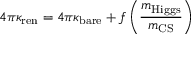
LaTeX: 4 \pi \kappa _ { \mathrm { r e n } } = 4 \pi \kappa _ { \mathrm { b a r e } } + f \left( { \frac { m _ { \mathrm { H i g g s } } } { m _ { \mathrm { C S } } } } \right)